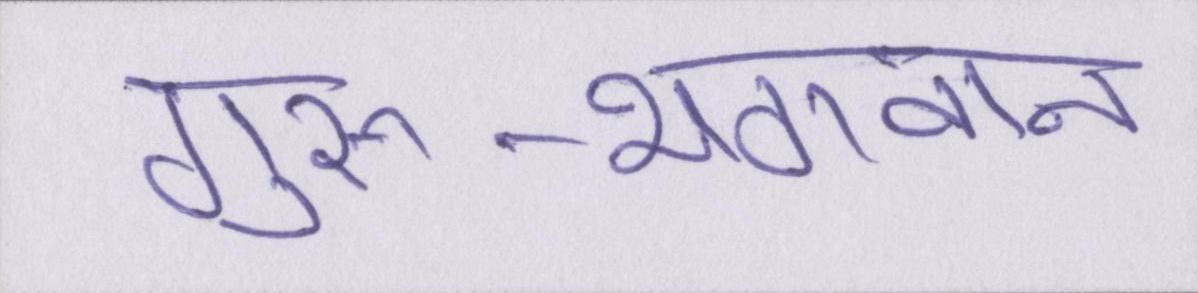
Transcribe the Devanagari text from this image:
गुरु-भगवान